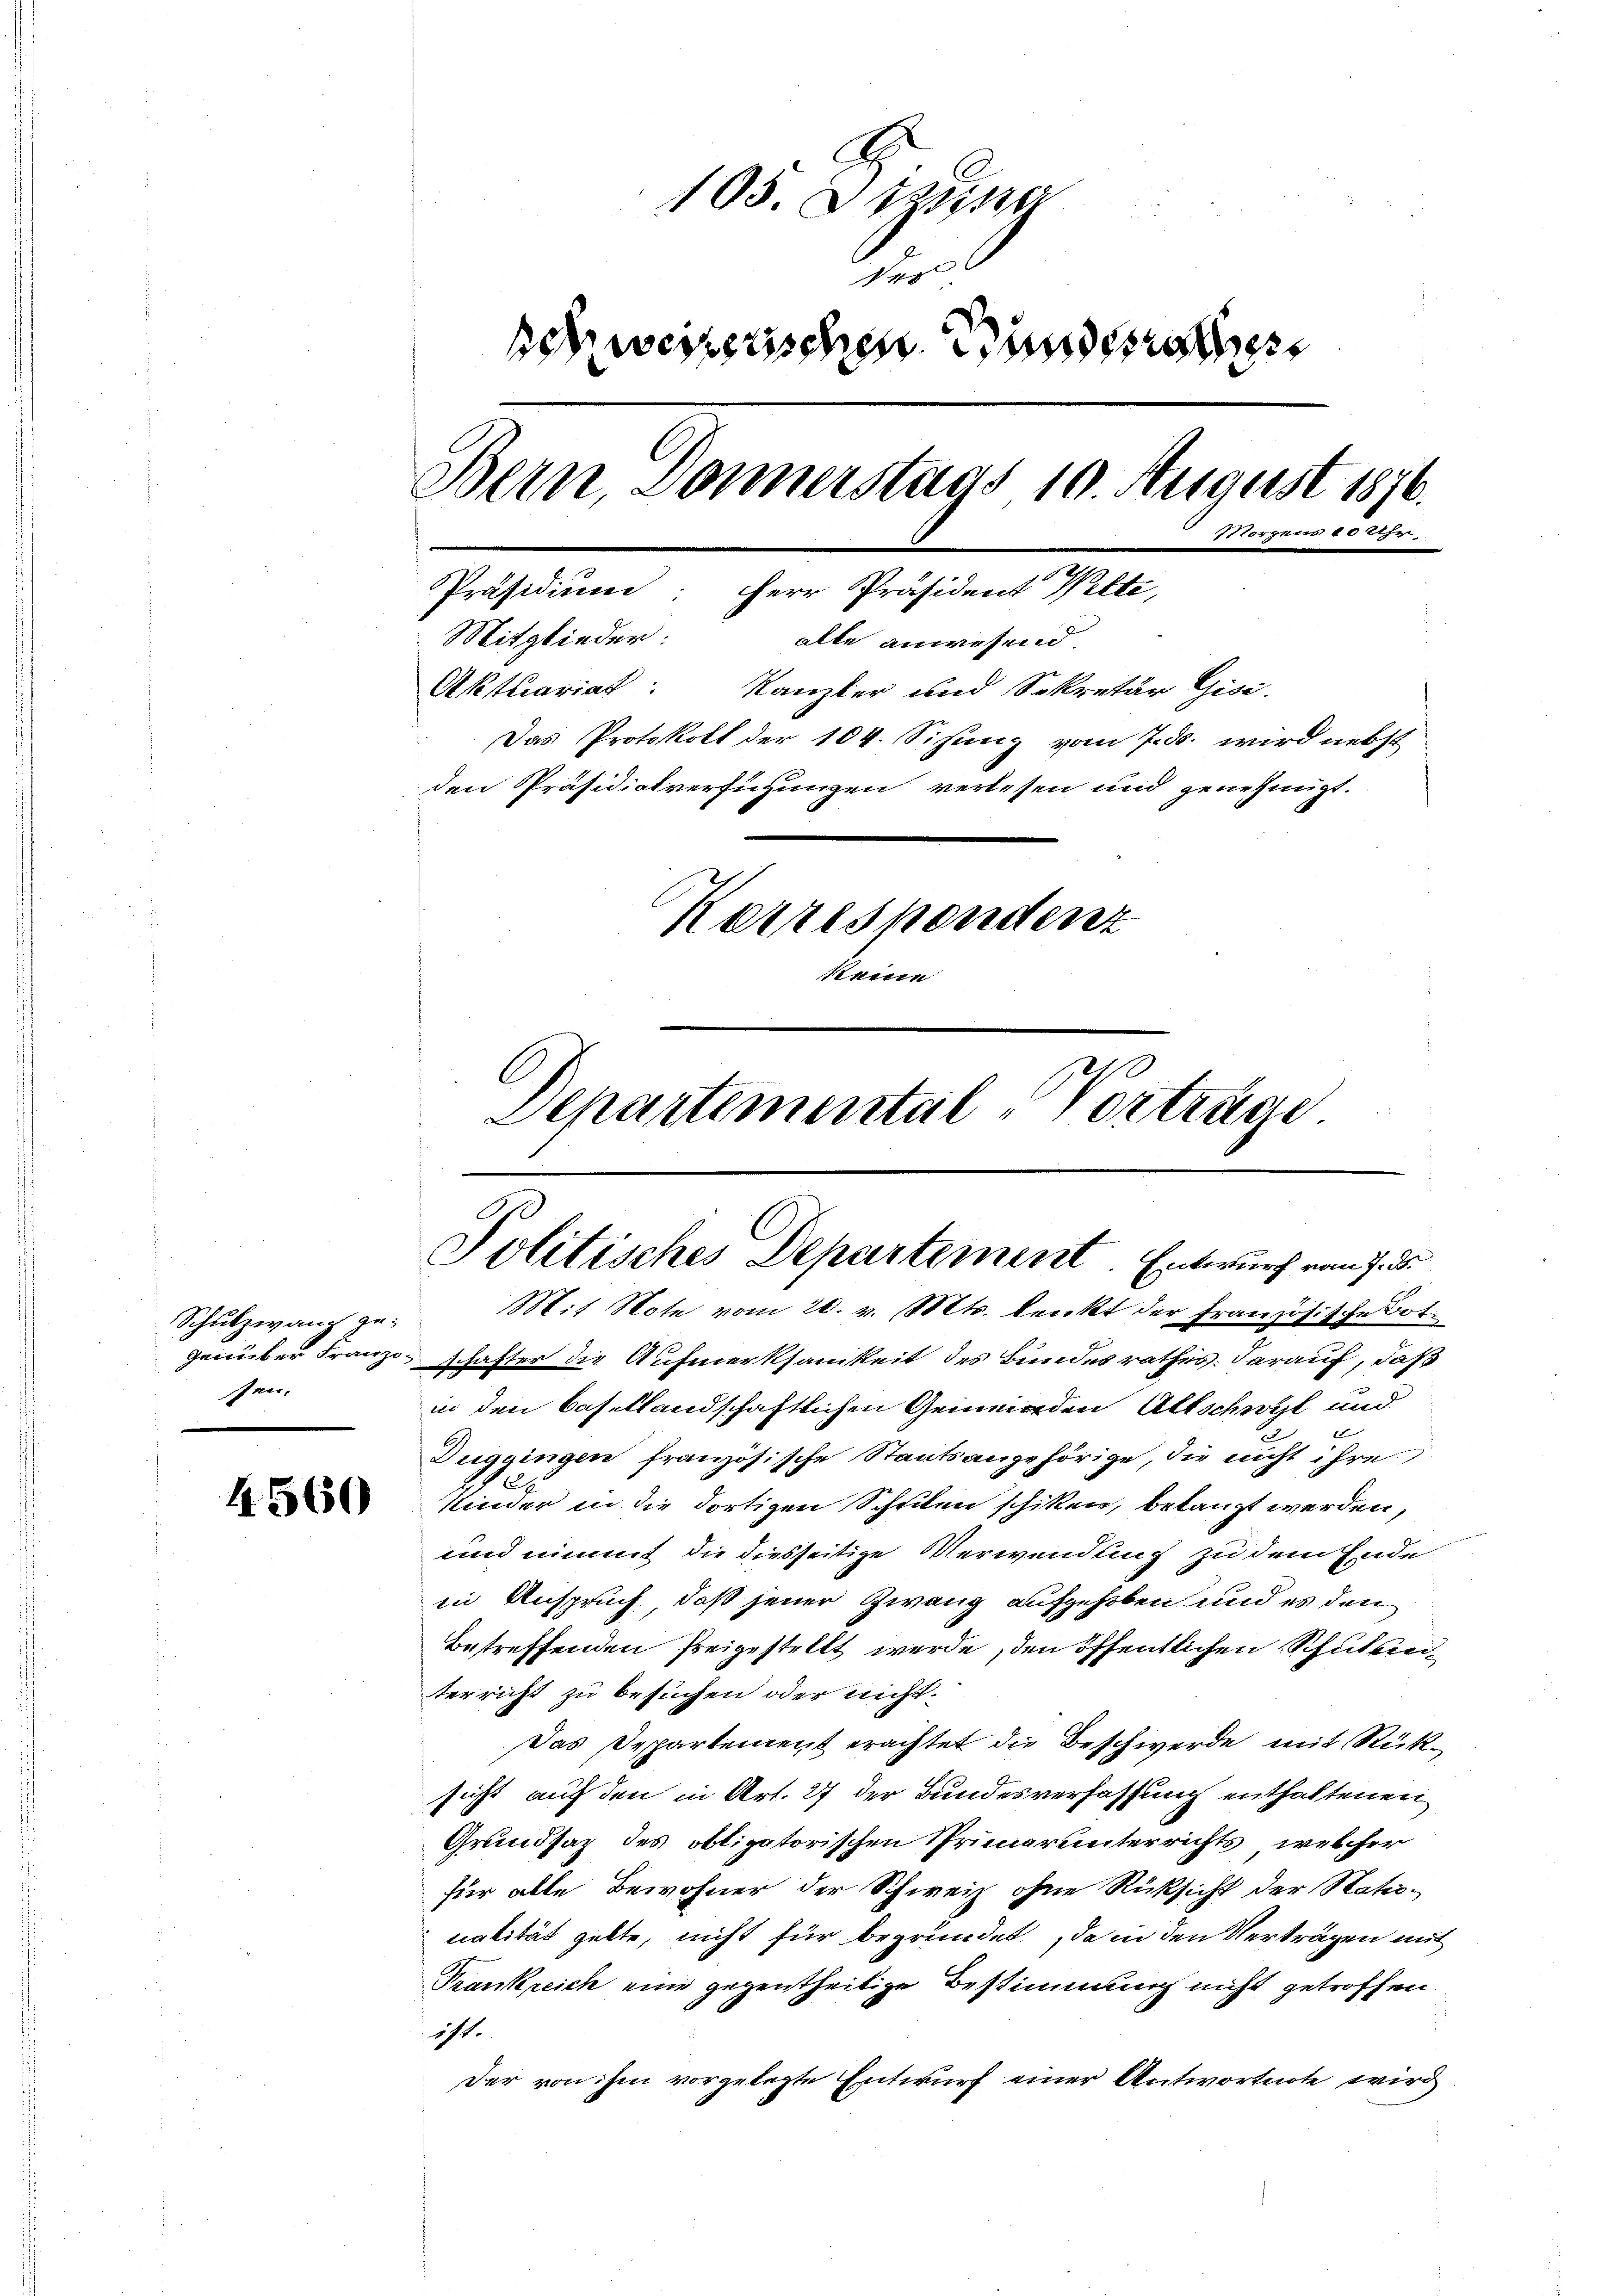
Schulzwang gesen.

4560

105. Jung
der
sch weistischen Bundesre
Bern, Donnerstags 10. August 1876.
Morgens 4000
Präsidium, Herr Präsident Welte,
Mitglieder.
alle anwesend.
Aktuariat: Kanzler und Sekretär Gisi-
Das Protokoll der 104. Sisung vom 7. ds. wird nebst
den Präsidialverfügungen verlesen und genehmigt.
Kerrespondenz
keine
Departemental-Vorträge

Politisches Departement. Entwurf vom 7. d.
Mit Note vom 20. v. Mts. denkt der Französische Bot.

genüber Franzo schafter die Aufmerksamkeit des Bundesrathes. darauf, daß
in den Basellandschaftlichen Gemeinden Altschwyl und
Tuggingen französische Staatsangehörige, die nicht ihre
Kinder in die dortigen Scheilen schiken, belangt werden,
und nimmt die diesseitige Verwendung zu dem Ende
in Anspruch, daß jener Zwang aufgehoben und es den
betreffenden freigestellt werde, den öffentlichen Schulenterricht zu besuchen oder nicht¬
Das Departement erachtet die Beschwerde mit Rüksicht auf den in Art. 27 der Bundesverfassung enthaltenen
Grundsaz des obligatorischen Primarunterrichts, welcher
für alle Bewohner der Schweiz ohne Rücksicht der Nationalität gebte, nicht für begründet, da in den Verträgen mit
Trankreich eine gegentheilige Bestimmung nicht getroffen
sicht.
Der von ihm vorgelegte Entwurf einer Antwortnote wird